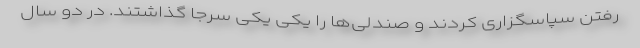
رفتن سپاسگزاری کردند و صندلی‌ها را یکی یکی سرجا گذاشتند. در دو سال